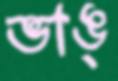
ভাঙ্‌